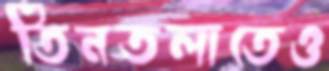
তিনতলাতেও